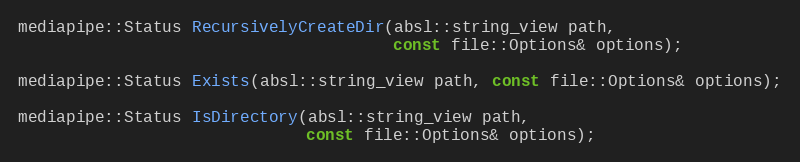
Language: C
mediapipe::Status RecursivelyCreateDir(absl::string_view path,
                                       const file::Options& options);

mediapipe::Status Exists(absl::string_view path, const file::Options& options);

mediapipe::Status IsDirectory(absl::string_view path,
                              const file::Options& options);